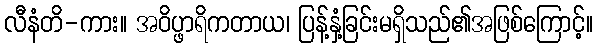
လီနံတိ-ကား။ အဝိပ္ဖာရိကတာယ၊ ပြန့်နှံ့ခြင်းမရှိသည်၏အဖြစ်ကြောင့်။